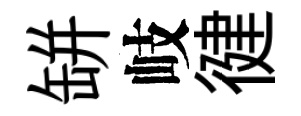
缾岐徤